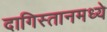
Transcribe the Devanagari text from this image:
दागिस्तानमध्ये